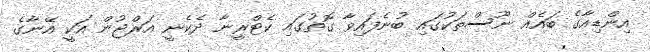
އިންޑިއާގެ ބައެއް ނޫސްތަކުގައި ބުނެފައިވާ ގޮތުގައި ކެޓްރީނާ ދެކެނީ އަރްޖުން އަކީ އޭނާގެ